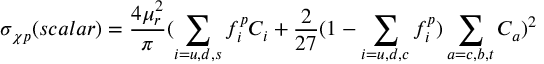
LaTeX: \sigma _ { \chi p } ( s c a l a r ) = \frac { 4 \mu _ { r } ^ { 2 } } { \pi } ( \sum _ { i = u , d , s } f _ { i } ^ { p } C _ { i } + \frac { 2 } { 2 7 } ( 1 - \sum _ { i = u , d , c } f _ { i } ^ { p } ) \sum _ { a = c , b , t } C _ { a } ) ^ { 2 }